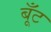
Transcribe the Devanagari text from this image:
बूँट